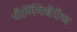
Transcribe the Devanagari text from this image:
पौर्णिमेखेरीज